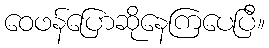
ဝေဖန်ပြောဆိုနေကြပေပြီ။